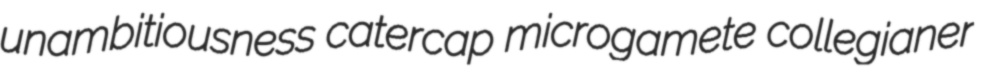
unambitiousness catercap microgamete collegianer